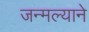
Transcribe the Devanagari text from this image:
जन्मल्याने